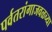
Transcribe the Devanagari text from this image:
पर्वतरांगाजवळच्या